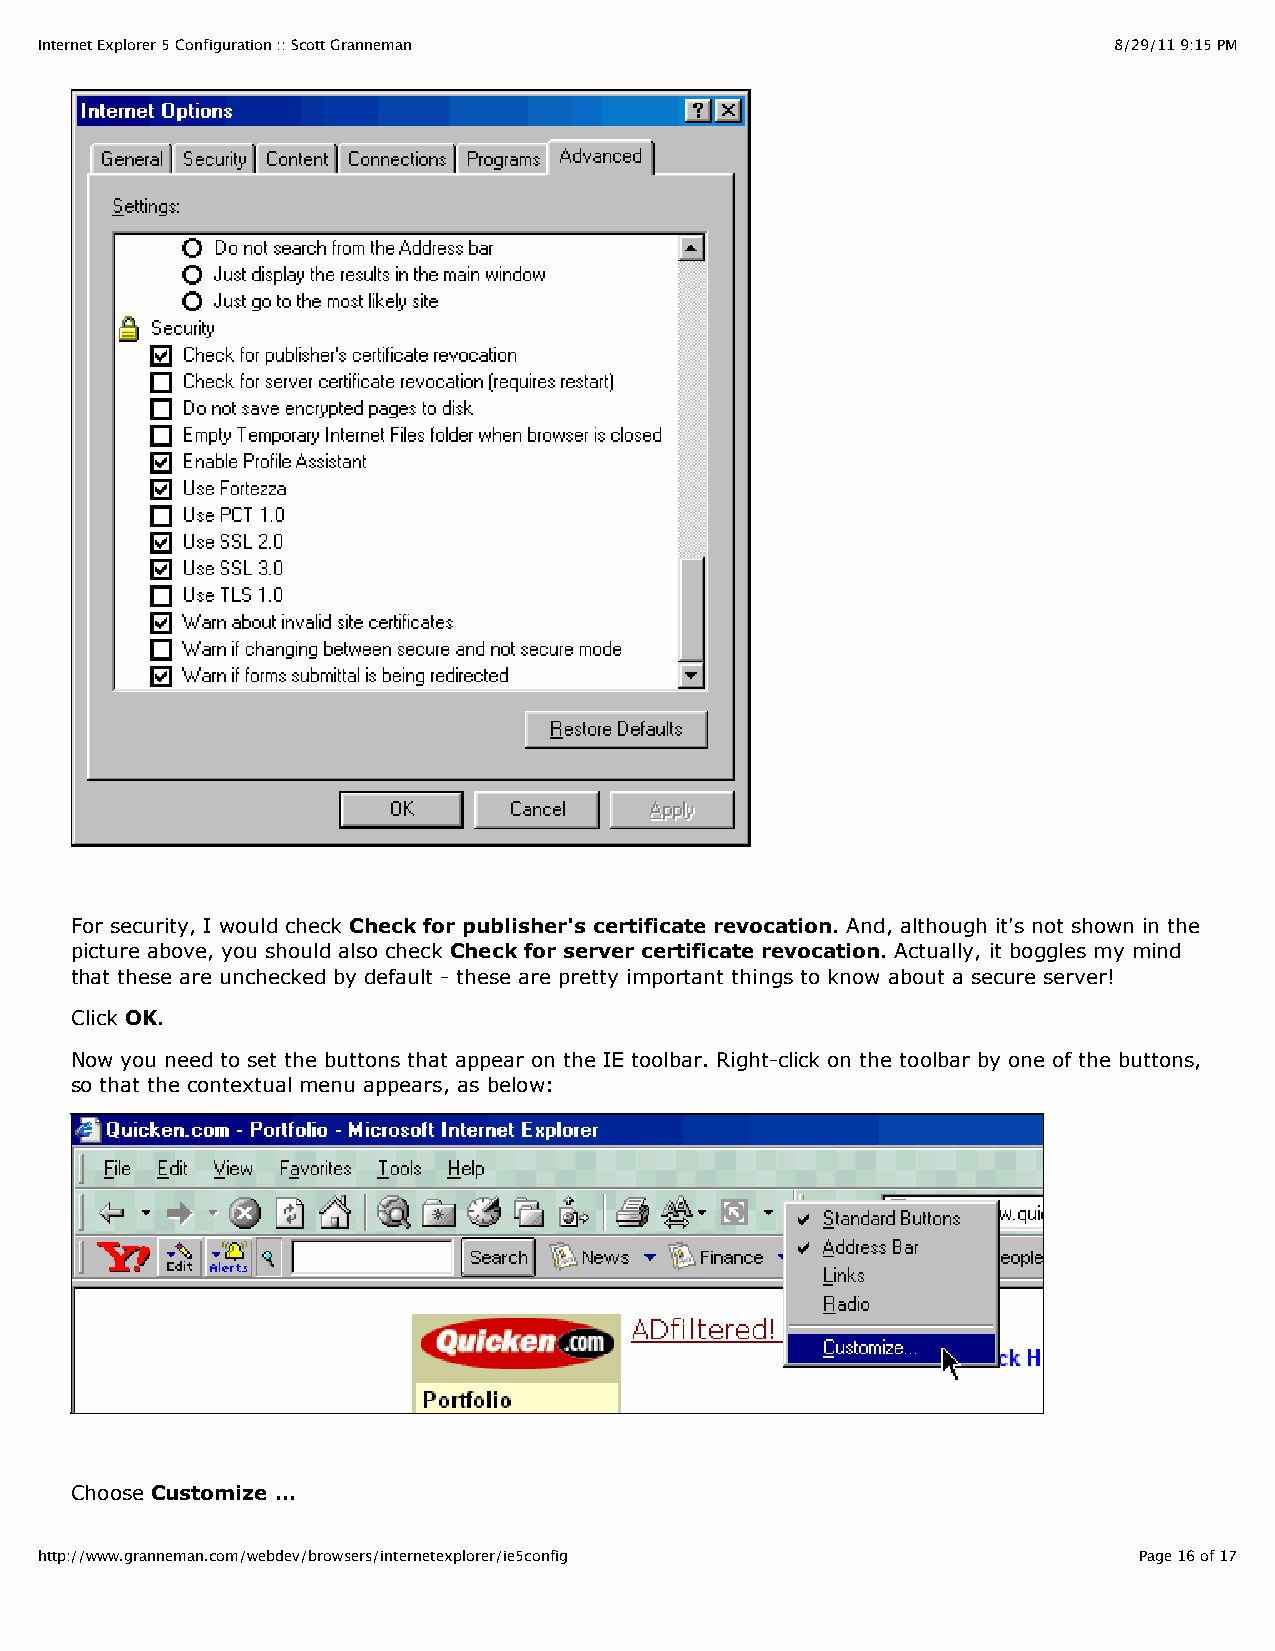
Internet Explorer 5 Configuration :: Scott Granneman                    8/29/11 9:15 PM
 For security, I would check Check for publisher's certificate revocation. And, although it's not shown in the
 picture above, you should also check Check for server certificate revocation. Actually, it boggles my mind
 that these are unchecked by default - these are pretty important things to know about a secure server!
 Click OK.
 Now you need to set the buttons that appear on the IE toolbar. Right-click on the toolbar by one of the buttons,
 so that the contextual menu appears, as below:
 Choose Customize ...
 http://www.granneman.com/webdev/browsers/internetexplorer/ie5config      Page 16 of 17